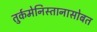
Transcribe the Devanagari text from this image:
तुर्कमेनिस्तानासोबत